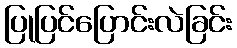
ပြုပြင်ပြောင်းလဲခြင်း